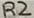
Text: R2